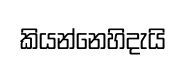
කියන්නෙහිදැයි